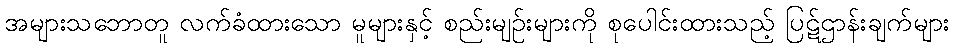
အများသဘောတူ လက်ခံထားသော မူများနှင့် စည်းမျဉ်းများကို စုပေါင်းထားသည့် ပြဋ်ဌာန်းချက်များ